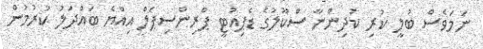
ނަމަވެސް ބުލީ ކުރި ކުދިންނާ ސްކޫލުގެ ޑެޕިއުޓީ ޕްރިންސިޕަލް އިއްޔެ ބައްދަލު ކުރުމުން